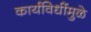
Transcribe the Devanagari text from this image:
कार्यविधींमुळे